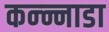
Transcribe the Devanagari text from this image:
कन्न्नाडा